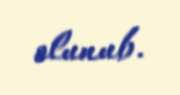
olunub.